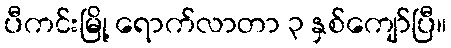
ပီကင်းမြို့ ရောက်လာတာ ၃ နှစ်ကျော်ပြီ။